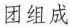
团组成